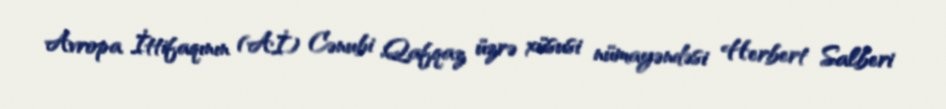
Avropa İttifaqının (Aİ) Cənubi Qafqaz üzrə xüsusi nümayəndəsi Herbert Salberi